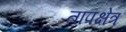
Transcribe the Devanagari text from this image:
तापक्षेत्र